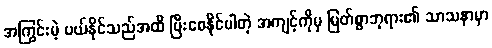
အကြွင်းမဲ့ ပယ်နိုင်သည်အထိ ပြီးစေနိုင်ပါတဲ့ အကျင့်ကိုမှ မြတ်စွာဘုရား၏ သာသနာမှာ